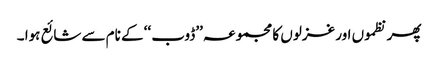
پھر نظموں اور غزلوں کا مجموعہ ’’ڈوب ‘‘ کے نام سے شائع ہوا ۔